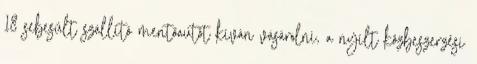
18 sebesült szállító mentőautót kíván vásárolni, a nyílt közbeszerzési